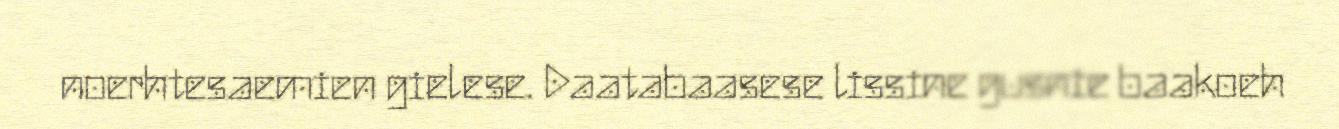
noerhtesaemien gielese. Daatabaasese lissine gusnie baakoeh